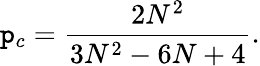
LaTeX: \mathtt{p}_{c}=\frac{{2N^{2}}}{{3N^{2}-6N+4}}.